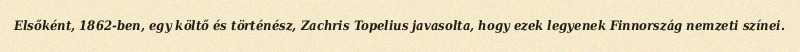
Elsőként, 1862-ben, egy költő és történész, Zachris Topelius javasolta, hogy ezek legyenek Finnország nemzeti színei.